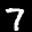
Label: 7